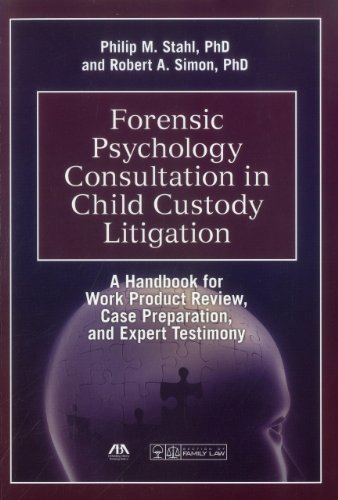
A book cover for Forensic Psychology Consultation in Child Custody Litigation: A Handbook for Work Product Review, Case Preparation, and Expert Testimony; Philip M. Stahl; Law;